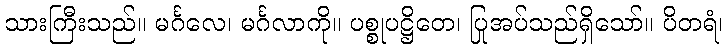
သားကြီးသည်။ မင်္ဂလေ၊ မင်္ဂလာကို။ ပစ္စုပဋ္ဌိတေ၊ ပြုအပ်သည်ရှိသော်။ ပိတရံ၊